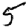
Digit: 5